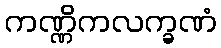
ကဏ္ဏိကလက္ခဏံ